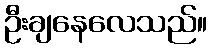
ဦးချနေလေသည်။